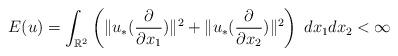
LaTeX: \begin{align*} E(u) = \int_{\mathbb{R}^2} \left( \|u_*(\frac{\partial}{\partial x_1}) \|^2 + \|u_*(\frac{\partial}{\partial x_2}) \|^2 \right) \; dx_1 dx_2 < \infty\end{align*}